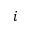
i